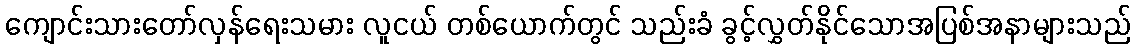
ကျောင်းသားတော်လှန်ရေးသမား လူငယ် တစ်ယောက်တွင် သည်းခံ ခွင့်လွှတ်နိုင်သောအပြစ်အနာများသည်